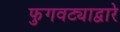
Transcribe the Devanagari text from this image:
फुगवट्याद्वारे